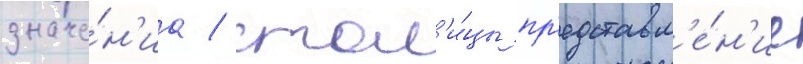
значе́н'иа / стол'и́цы пр'едставл'е́н'ие